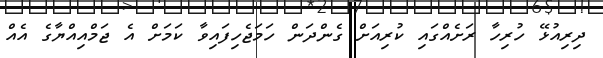
ދިރިއުޅޭ ހުރިހާ ރަށެއްގައި ކުރިއަށް ގެންދަން ހަމަޖެހިފައިވާ ކަމަށް އެ ޖަމްއިއްޔާގެ އެއް